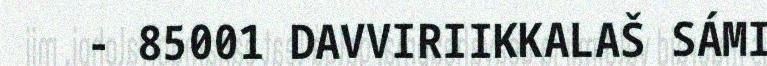
- 85001 DAVVIRIIKKALAŠ SÁMI